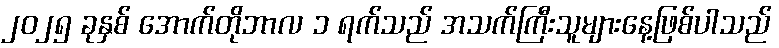
၂၀၂၅ ခုနှစ် အောက်တိုဘာလ ၁ ရက်သည် အသက်ကြီးသူများနေ့ဖြစ်ပါသည်